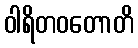
ဝါရိတဝတောတိ